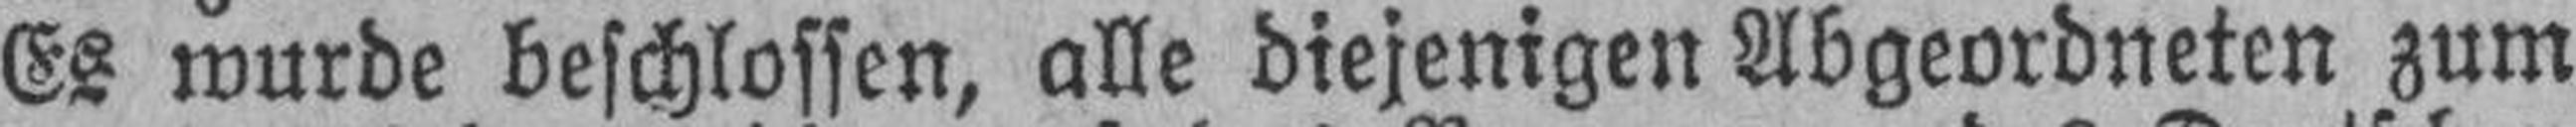
Es wurde beschlossen, alle diejenigen Abgeordneten zum